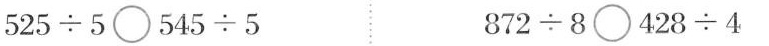
$$525\div5\bigcirc 545\div5$$ $$872\div8\bigcirc 428\div4$$